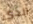
الذي